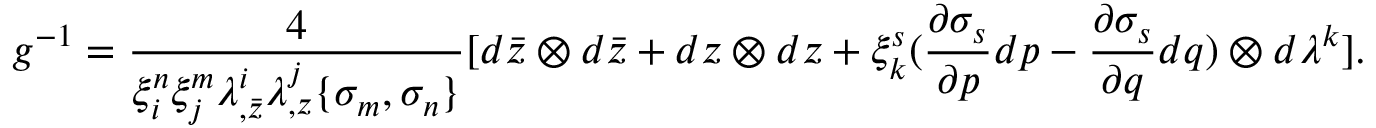
g ^ { - 1 } = { \frac { 4 } { \xi _ { i } ^ { n } \xi _ { j } ^ { m } \lambda _ { , \bar { z } } ^ { i } \lambda _ { , z } ^ { j } \{ \sigma _ { m } , \sigma _ { n } \} } } [ d \bar { z } \otimes d \bar { z } + d z \otimes d z + \xi _ { k } ^ { s } ( { \frac { \partial \sigma _ { s } } { \partial p } } d p - { \frac { \partial \sigma _ { s } } { \partial q } } d q ) \otimes d \lambda ^ { k } ] .